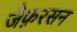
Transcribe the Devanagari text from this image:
जैफ़रसन